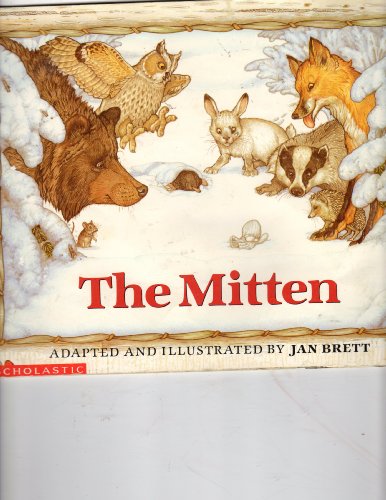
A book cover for The Mitten; Jan Brett; Literature & Fiction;